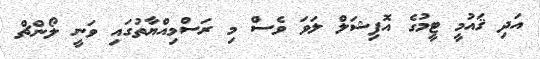
އަދި ޤައުމީ ޓީމުގެ އޮފިޝަލް ލަވަ ވެސް މި ރަސްމިއްޔާތުގައި ވަނީ ލޯންޗް